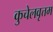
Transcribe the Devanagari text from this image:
कुचेलवृत्तम